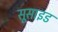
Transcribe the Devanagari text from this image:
सूसाइड